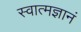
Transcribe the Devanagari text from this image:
स्वात्मज्ञानं